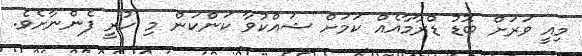
މިއީ ވަރަށް ބޮޑު ޑްރާމާއެއް ކަމަށް ޝައްކުވާ ކަންކަން މި ހުރީ ފެންނާށެވެ.